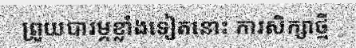
ព្រួយបារម្ភខ្លាំងទៀតនោះ ការសិក្សាថ្មី